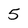
Character: 5